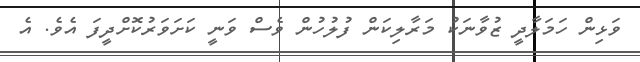
ވަޅިން ހަމަލާދީ ޒުވާނަކު މަރާލިކަން ފުލުހުން ވެސް ވަނީ ކަށަވަރުކޮށްދީފަ އެވެ. އެ